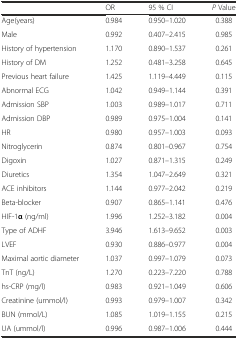
<table><thead><tr><td></td><td><b>OR</b></td><td><b>95 % CI</b></td><td><b><i>P</i> Value</b></td></tr></thead><tbody><tr><td>Age(years)</td><td>0.984</td><td>0.950–1.020</td><td>0.388</td></tr><tr><td>Male</td><td>0.992</td><td>0.407–2.415</td><td>0.985</td></tr><tr><td>History of hypertension</td><td>1.170</td><td>0.890–1.537</td><td>0.261</td></tr><tr><td>History of DM</td><td>1.252</td><td>0.481–3.258</td><td>0.645</td></tr><tr><td>Previous heart failure</td><td>1.425</td><td>1.119–4.449</td><td>0.115</td></tr><tr><td>Abnormal ECG</td><td>1.042</td><td>0.949–1.144</td><td>0.391</td></tr><tr><td>Admission SBP</td><td>1.003</td><td>0.989–1.017</td><td>0.711</td></tr><tr><td>Admission DBP</td><td>0.989</td><td>0.975–1.004</td><td>0.141</td></tr><tr><td>HR</td><td>0.980</td><td>0.957–1.003</td><td>0.093</td></tr><tr><td>Nitroglycerin</td><td>0.874</td><td>0.801–0.967</td><td>0.754</td></tr><tr><td>Digoxin</td><td>1.027</td><td>0.871–1.315</td><td>0.249</td></tr><tr><td>Diuretics</td><td>1.354</td><td>1.047–2.649</td><td>0.321</td></tr><tr><td>ACE inhibitors</td><td>1.144</td><td>0.977–2.042</td><td>0.219</td></tr><tr><td>Beta-blocker</td><td>0.907</td><td>0.865–1.141</td><td>0.476</td></tr><tr><td>HIF-1<b>α</b> (ng/ml)</td><td>1.996</td><td>1.252–3.182</td><td>0.004</td></tr><tr><td>Type of ADHF</td><td>3.946</td><td>1.613–9.652</td><td>0.003</td></tr><tr><td>LVEF</td><td>0.930</td><td>0.886–0.977</td><td>0.004</td></tr><tr><td>Maximal aortic diameter</td><td>1.037</td><td>0.997–1.079</td><td>0.073</td></tr><tr><td>TnT (ng/L)</td><td>1.270</td><td>0.223–7.220</td><td>0.788</td></tr><tr><td>hs-CRP (mg/l)</td><td>0.983</td><td>0.921–1.049</td><td>0.606</td></tr><tr><td>Creatinine (ummol/l)</td><td>0.993</td><td>0.979–1.007</td><td>0.342</td></tr><tr><td>BUN (mmol/L)</td><td>1.085</td><td>1.019–1.155</td><td>0.215</td></tr><tr><td>UA (ummol/l)</td><td>0.996</td><td>0.987–1.006</td><td>0.444</td></tr></tbody></table>